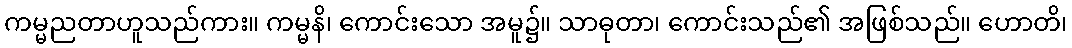
ကမ္မညတာဟူသည်ကား။ ကမ္မနိ၊ ကောင်းသော အမူ၌။ သာဓုတာ၊ ကောင်းသည်၏ အဖြစ်သည်။ ဟောတိ၊